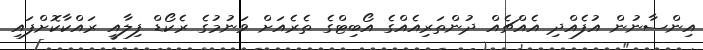
އިންސާނުން އުފެއްދި އެއްޗެއް ދުންތަރިއެއްގެ އޯބިޓްގެ ތެރެއަށް ވަނުމުގެ ރެކޯޑް ފިލާއީ ރައްކާކޮށްފައި